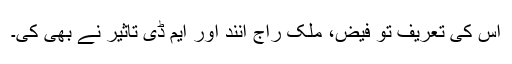
اس کی تعریف تو فیض، ملک راج آنند اور ایم ڈی تاثیر نے بھی کی۔